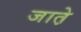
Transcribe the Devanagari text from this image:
जात़े